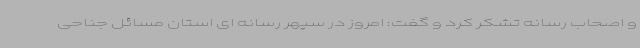
و اصحاب رسانه تشکر کرد و گفت: امروز در سپهر رسانه ای استان مسائل جناحی